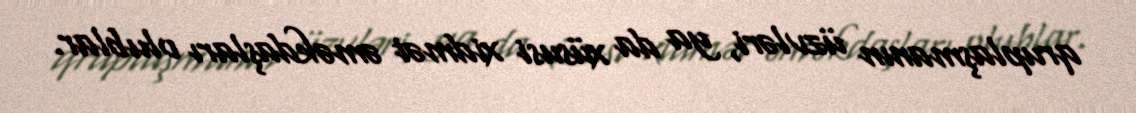
qruplaşmanın üzvləri, ya da xüsusi xidmət əməkdaşları olublar.